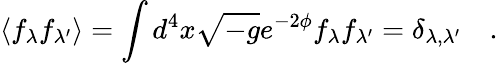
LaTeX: \langle f_{\lambda}f_{\lambda^{\prime}}\rangle=\int d^{4}x\sqrt{-g}e^{-2\phi}f_{\lambda}f_{\lambda^{\prime}}=\delta_{\lambda,\lambda^{\prime}}\quad.